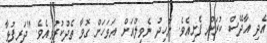
އެދި އާދޭސް ކުރަން ފެށިއެވެ. ނާހިދު ނެވިލްއަށް އަވަހަށް ގޮވާ ތެދުކުރުވިއެވެ. "ދަރިފުޅާ